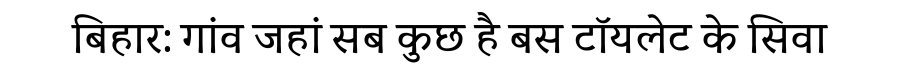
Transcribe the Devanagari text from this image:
बिहार: गांव जहां सब कुछ है बस टॉयलेट के सिवा